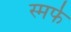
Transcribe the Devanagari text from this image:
स्मर्फ